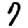
Digit: 7